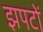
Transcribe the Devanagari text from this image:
झपटों